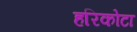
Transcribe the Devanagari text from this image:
हरिकोटा